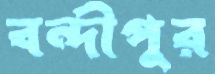
বন্দীপুর